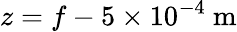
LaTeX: z=f-5\times 10^{-4}~\mathrm{m}